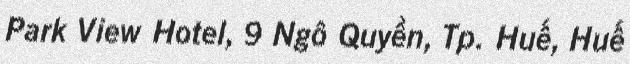
Park View Hotel, 9 Ngô Quyền, Tp. Huế, Huế